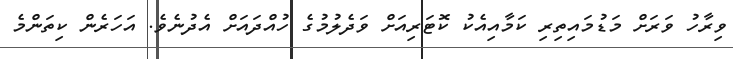
ވިރާހު ވަރަށް މަޑުމައިތިރި ކަމާއިއެކު ކޮޓަރިއަށް ވަދެލުމުގެ ހުއްދައަށް އެދުނެވެ. އަހަރެން ކިތަންމެ